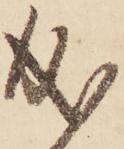
成